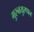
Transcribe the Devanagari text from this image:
गुरुवयुरप्पन